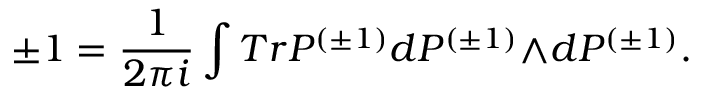
\pm 1 = \frac { 1 } { 2 { \pi } i } \int T r { \cal P } ^ { ( { \pm } 1 ) } d { \cal P } ^ { ( { \pm } 1 ) } { \wedge } d { \cal P } ^ { ( { \pm } 1 ) } .